Scientific memoirs by medical officers of the Army of India - Part X,
Year: 1897
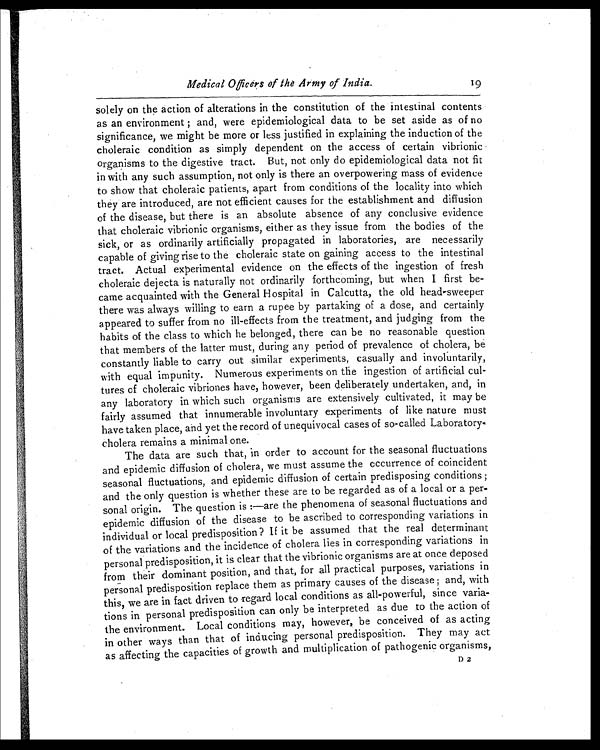
Medical Officers of the Army of India.
19
solely on the action of alterations in the constitution of the intestinal contents
as an environment ; and, were epidemiological data to be set aside as of no
significance, we might be more or less justified in explaining the induction of the
choleraic condition as simply dependent on the access of certain vibrionic
organisms to the digestive tract. But, not only do epidemiological data not fit
in with any such assumption, not only is there an overpowering mass of evidence
to show that choleraic patients, apart from conditions of the locality into which
they are introduced, are not efficient causes for the establishment and diffusion
of the disease, but there is an absolute absence of any conclusive evidence
that choleraic vibrionic organisms, either as they issue from the bodies of the
sick, or as ordinarily artificially propagated in laboratories, are necessarily
capable of giving rise to the choleraic state on gaining access to the intestinal
tract. Actual experimental evidence on the effects of the ingestion of fresh
choleraic dejecta is naturally not ordinarily forthcoming, but when I first be-
came acquainted with the General Hospital in Calcutta, the old head-sweeper
there was always willing to earn a rupee by partaking of a dose, and certainly
appeared to suffer from no ill-effects from the treatment, and judging from the
habits of the class to which he belonged, there can be no reasonable question
that members of the latter must, during any period of prevalence of cholera, be
constantly liable to carry out similar experiments, casually and involuntarily,
with equal impunity. Numerous experiments on the ingestion of artificial cul-
tures of choleraic vibriones have, however, been deliberately undertaken, and, in
any laboratory in which such organisms are extensively cultivated, it may be
fairly assumed that innumerable involuntary experiments of like nature must
have taken place, and yet the record of unequivocal cases of so-called Laboratory
-cholera remains a minimal one.
The data are such that, in order to account for the seasonal fluctuations
and epidemic diffusion of cholera, we must assume the occurrence of coincident
seasonal fluctuations, and epidemic diffusion of certain predisposing conditions ;
and the only question is whether these are to be regarded as of a local or a per-
sonal origin. The question is :—are the phenomena of seasonal fluctuations and
epidemic diffusion of the disease to be ascribed to corresponding variations in
individual or local predisposition? If it be assumed that the real determinant
of the variations and the incidence of cholera lies in corresponding variations in
personal predisposition, it is clear that the vibrionic organisms are at once deposed
from their dominant position, and that, for all practical purposes, variations in
personal predisposition replace them as primary causes of the disease ; and, with
this, we are in fact driven to regard local conditions as all-powerful, since varia-
tions in personal predisposition can only be interpreted as due to the action of
the environment. Local conditions may, however, be conceived of as acting
in other ways than that of inducing personal predisposition. They may act
as affecting the capacities of growth and multiplication of pathogenic organisms,
D2